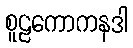
စူဠကောကနဒါ